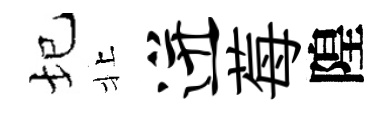
圮北迸莓隍